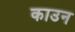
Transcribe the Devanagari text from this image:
काउन